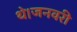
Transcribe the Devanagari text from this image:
थे।जनवरी